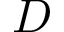
D